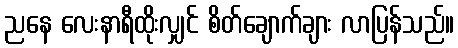
ညနေ လေးနာရီထိုးလျှင် စိတ်ချောက်ချား လာပြန်သည်။